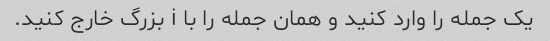
یک جمله را وارد کنید و همان جمله را با i بزرگ خارج کنید.